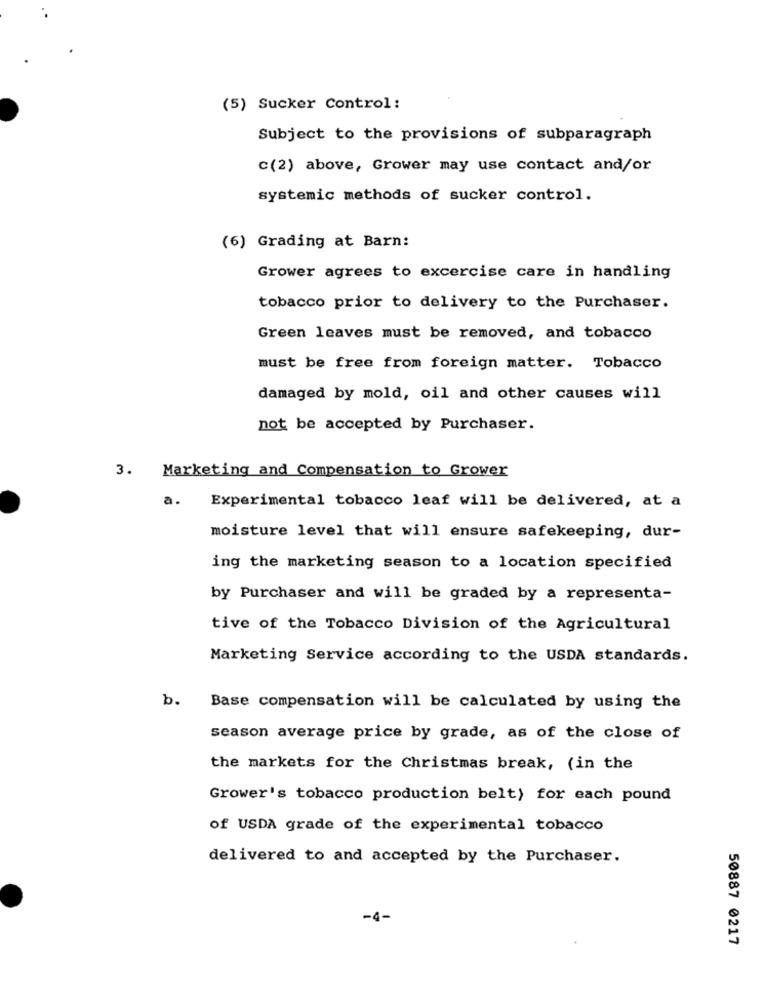
(5) Sucker Control:
Subject to the provisions of subparagraph
c(2) above, Grower may use contact and/or
systemic methods of sucker control.
(6) Grading at Barn:
Grower agrees to excercise care in handling
tobacco prior to delivery to the Purchaser.
Green leaves must be removed, and tobacco
must be free from foreign matter. Tobacco
damaged by mold, oil and other causes will
not be accepted by Purchaser.
3.
Marketing and Compensation to Grower
a.
Experimental tobacco leaf will be delivered, at a
moisture level that will ensure safekeeping, dur-
ing the marketing season to a location specified
by Purchaser and will be graded by a representa-
tive of the Tobacco Division of the Agricultural
Marketing Service according to the USDA standards.
b.
Base compensation will be calculated by using the
season average price by grade, as of the close of
the markets for the Christmas break, (in the
Grower's tobacco production belt) for each pound
of USDA grade of the experimental tobacco
delivered to and accepted by the Purchaser.
-4-
50887 0217